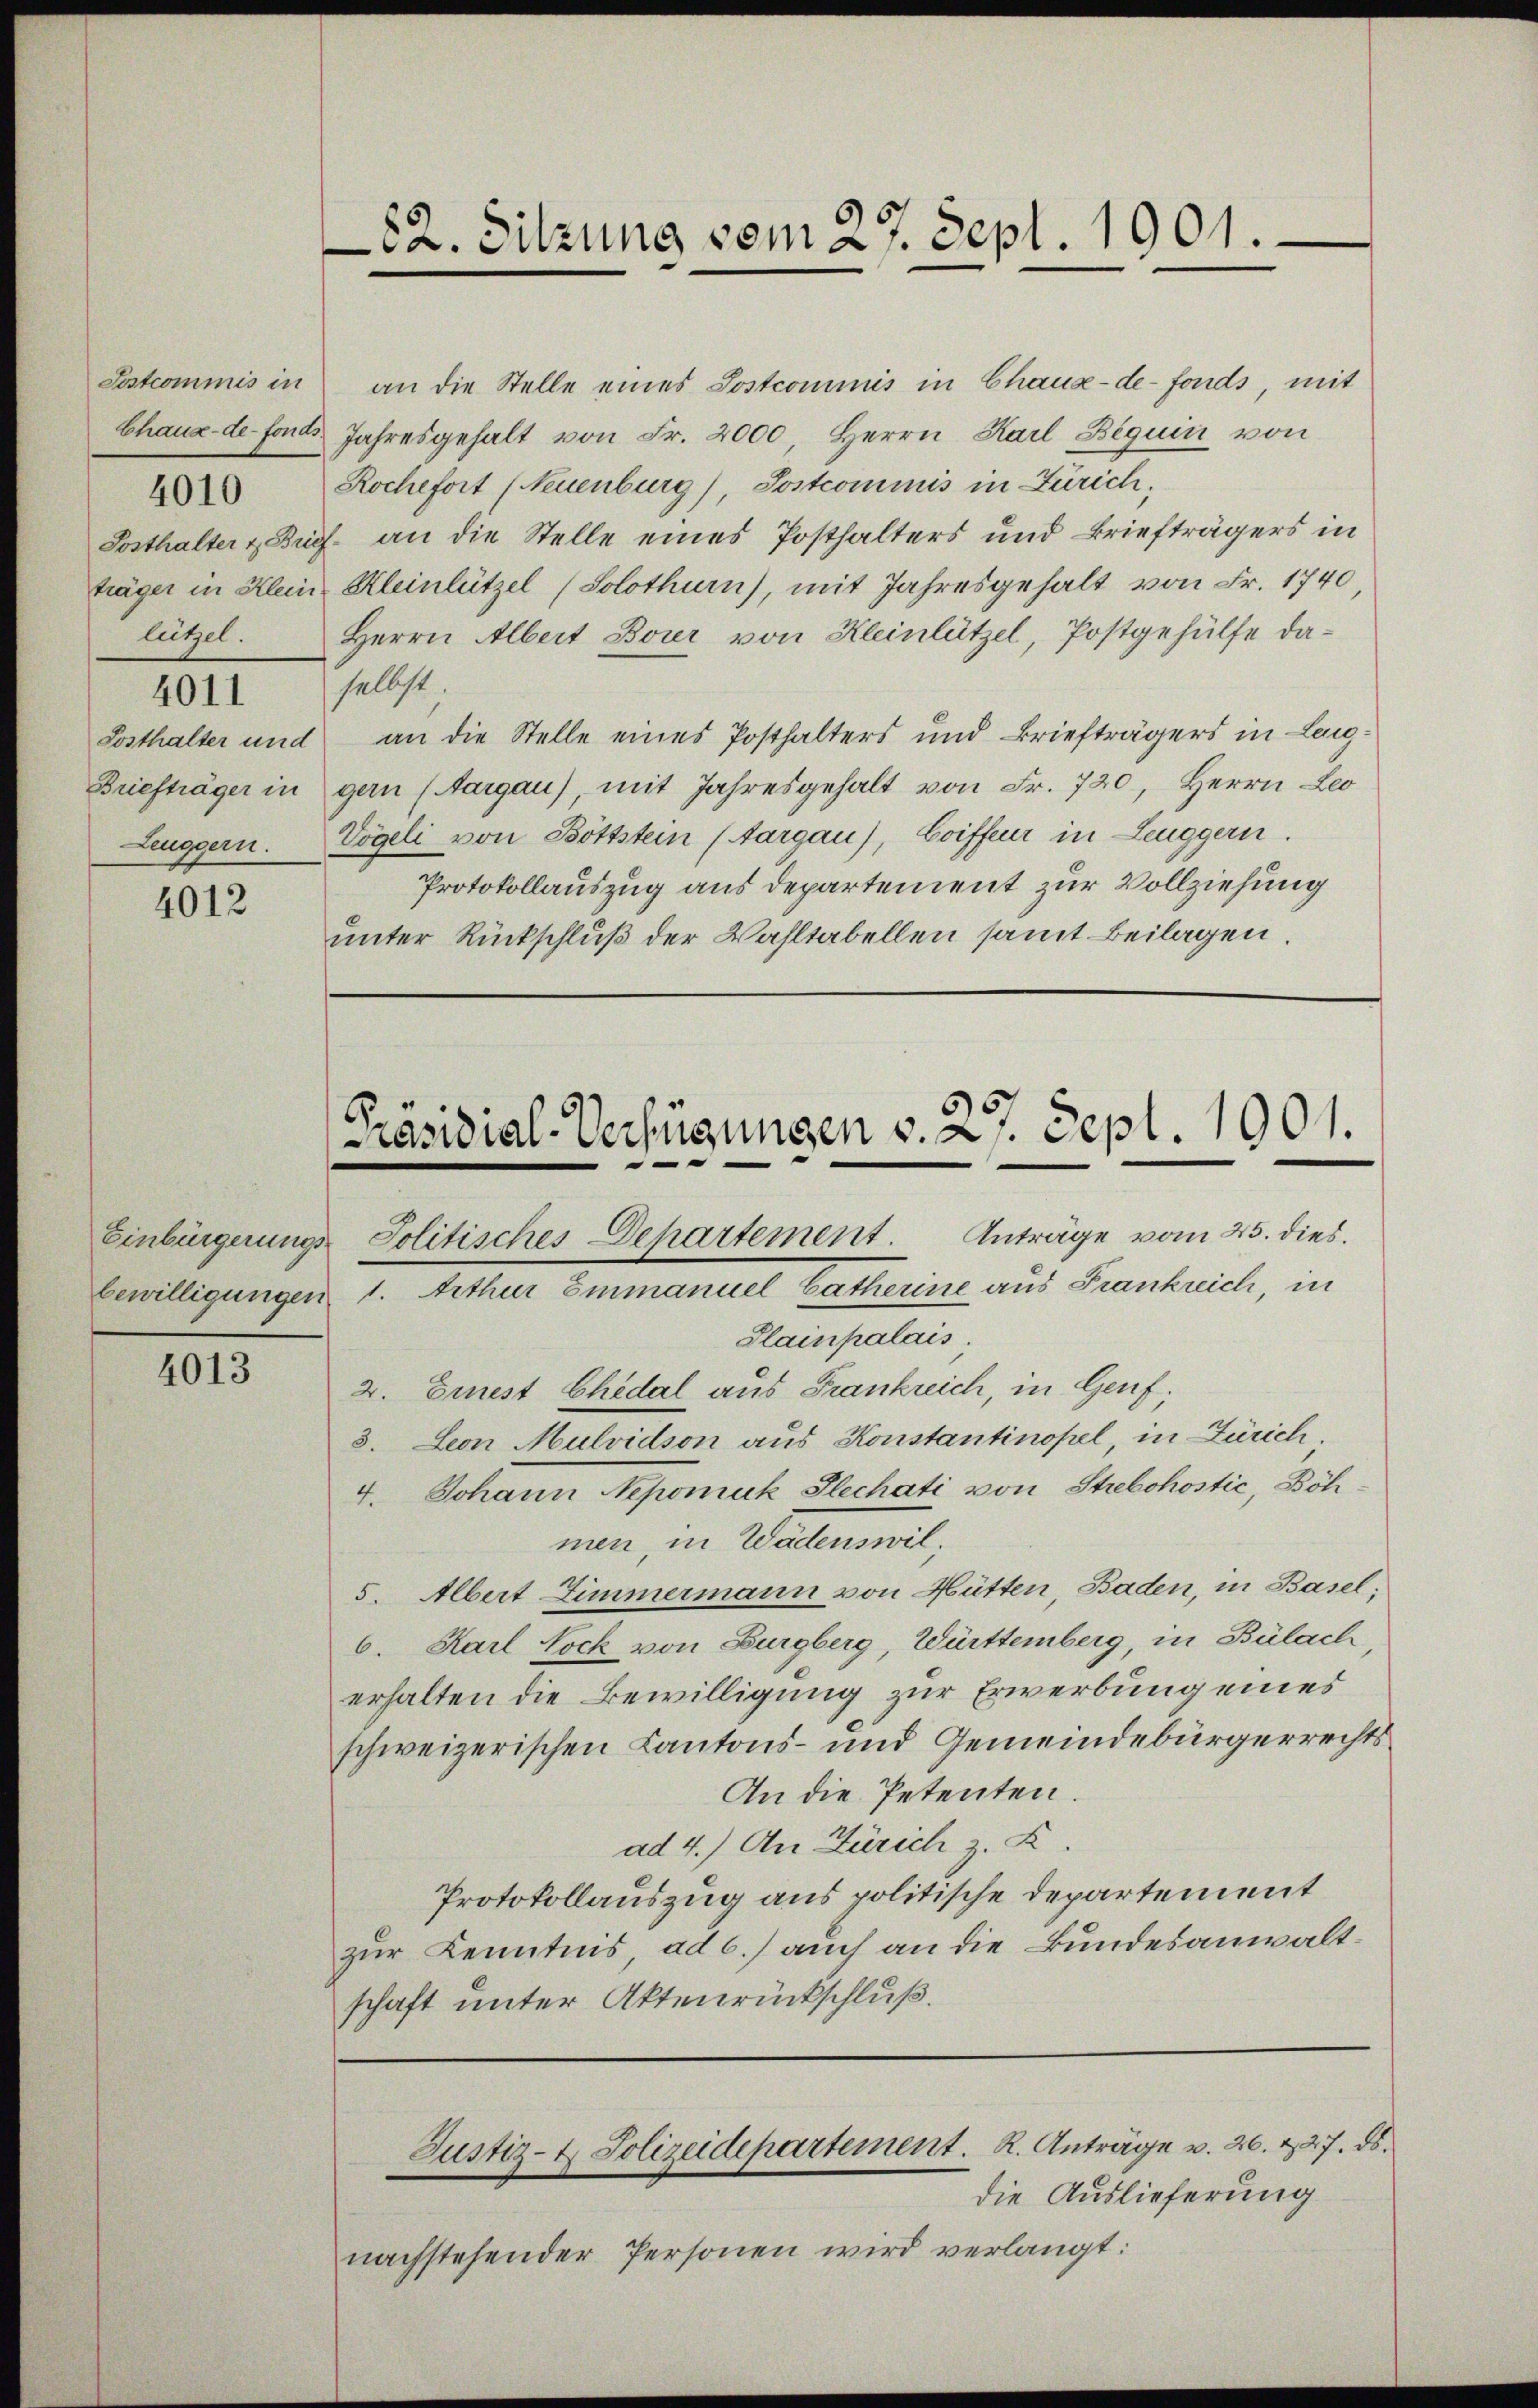
Sostcommis in
lützel.
4011
Leuggern.

4010

4012

4013

an die Stelle eines Postcommis in Chaux-de-Fonds, mit
Chaus de fonds Jahresgehalt von Fr. 2000, Herrn Karl Beguin von
Rochefort (Neuenburg), Postcommis in Zürich;
Posthalter & Brief an die Stelle eines Posthalters und Briefträgers in
träger in Klein Kleinlützel (Solothurn), mit Jahresgehalt von Fr. 1740
Herrn Albert Borer von Kleinlützel, Postgehülfe daselbst.
Sosthalter und an die Stelle eines Posthalters und Briefträgers in Leig-
Briefträger in gern (Aargau), mit Jahresgehalt von Fr. 720, Herrn Leo
Vögeli von Böttstein (Aargau), Coiffeur in Leuggern.
Protokollauszug aus departement zur Vollziehung
unter Rückschluß der Wahltabellen samt Beilagen.

Präsidial-Verfügungen v. 27. Sept. 1901.
Einbürgerungs- Politisches Dehartement. Anträge vom 23. dies
bewilligungen 1. Arthur Einmanuel Catherine aus Frankreich, in

82. Sitzung vom 27. Sept. 1901.

Justiz- & Polizeidepartement. R. Anträge v. 26. 227. ds.
die Auslieferung

Plainpalais.
2. Einest Chedal aus Frankreich, in Genf,
3. Leon Mulvidson aus Konstantinopel, in Zürich
4. Johann Nepomuk Pechati von Strebohostić, Böh
men, in Wädenswil,
5. Albert Zimmermann von Hütten Baden, in Basel;
6. Karl Lock von Burgberg, Württemberg, in Bülach,
erhalten die Bewilligung zur Erwerbung eines
schweizerischen Kantons- und Gemeindebürgerrechts¬
An die Petenten.
ad 4.) An Zürich z. K.
Protokollauszug aus politische Departement
zur Kenntnis, ad b.) auch an die Bundesanwaltschaft unter Aktenrückschluß.

nachstehender Personen wird verlangt: